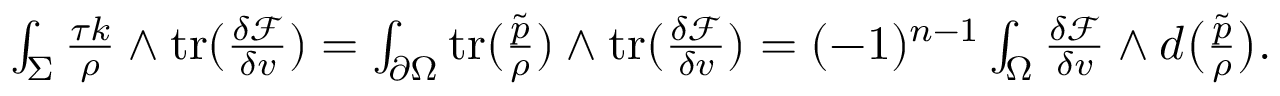
\begin{array} { r } { \int _ { \Sigma } \frac { \tau k } { \rho } \wedge \mathrm { t r } ( \frac { \delta \mathcal { F } } { \delta v } ) = \int _ { \partial \Omega } \mathrm { t r } ( \frac { \tilde { p } } { \rho } ) \wedge \mathrm { t r } ( \frac { \delta \mathcal { F } } { \delta v } ) = ( - 1 ) ^ { n - 1 } \int _ { \Omega } \frac { \delta \mathcal { F } } { \delta v } \wedge d \big ( \frac { \tilde { p } } { \rho } \big ) . } \end{array}